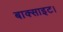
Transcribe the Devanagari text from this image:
बाक्साइट।